Vaccine operations Central Provinces 1886-1899 - 1886-1899
Year: 1886
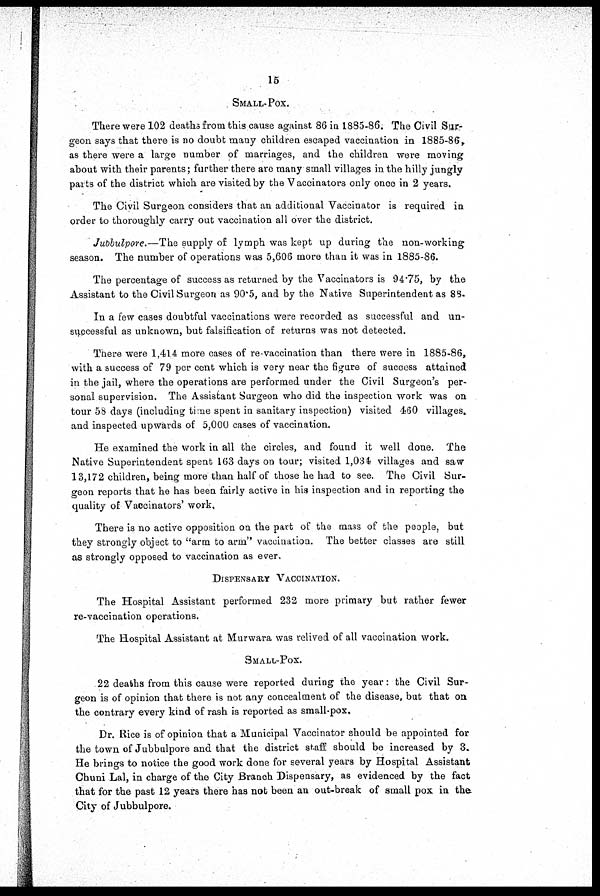
15
SMALL-POX.
There were 102 deaths from this cause against 86 in 1885-86. The Civil Sur-
geon says that there is no doubt many children escaped vaccination in 1885-86,
as there were a large number of marriages, and the children were moving
about with their parents; further there are many small villages in the hilly jungly
parts of the district which are visited by the Vaccinators only once in 2 years.
The Civil Surgeon considers that an additional Vaccinator is required in
order to thoroughly carry out vaccination all over the district.
Jubbulpore.—The supply of lymph was kept up during the non-working
season. The number of operations was 5,606 more than it was in 1885-86.
The percentage of success as returned by the Vaccinators is 94.75, by the
Assistant to the Civil Surgeon as 90.5, and by the Native Superintendent as 88.
In a few cases doubtful vaccinations were recorded as successful and un-
successful as unknown, but falsification of returns was not detected.
There were 1,414 more cases of re-vaccination than there were in 1885-86,
with a success of 79 per cent which is very near the figure of success attained
in the jail, where the operations are performed under the Civil Surgeon's per-
sonal supervision. The Assistant Surgeon who did the inspection work was on
tour 58 days (including time spent in sanitary inspection) visited 460 villages.
and inspected upwards of 5,000 cases of vaccination.
He examined the work in all the circles, and found it well done. The
Native Superintendent spent 163 days on tour; visited 1,034 villages and saw
13,172 children, being more than half of those he had to see. The Civil Sur-
geon reports that he has been fairly active in his inspection and in reporting the
quality of Vaccinators' work,
There is no active opposition on the part of the mass of the people, but
they strongly object to "arm to arm" vaccination. The better classes are still
as strongly opposed to vaccination as ever.
DISPENSARY VACCINATION.
The Hospital Assistant performed 232 more primary but rather fewer
re-vaccination operations.
The Hospital Assistant at Murwara was relived of all vaccination work.
SMALL-POX.
22 deaths from this cause were reported during the year: the Civil Sur-
geon is of opinion that there is not any concealment of the disease, but that on
the contrary every kind of rash is reported as small-pox.
Dr. Rice is of opinion that a Municipal Vaccinator should be appointed for
the town of Jubbulpore and that the district staff should be increased by 3.
He brings to notice the good work done for several years by Hospital Assistant
Chuni Lal, in charge of the City Branch Dispensary, as evidenced by the fact
that for the past 12 years there has not been an out-break of small pox in the.
City of Jubbulpore.